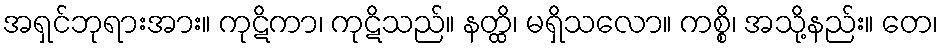
အရှင်ဘုရားအား။ ကုဋိကာ၊ ကုဋိသည်။ နတ္ထိ၊ မရှိသလော။ ကစ္စိ၊ အသို့နည်း။ တေ၊